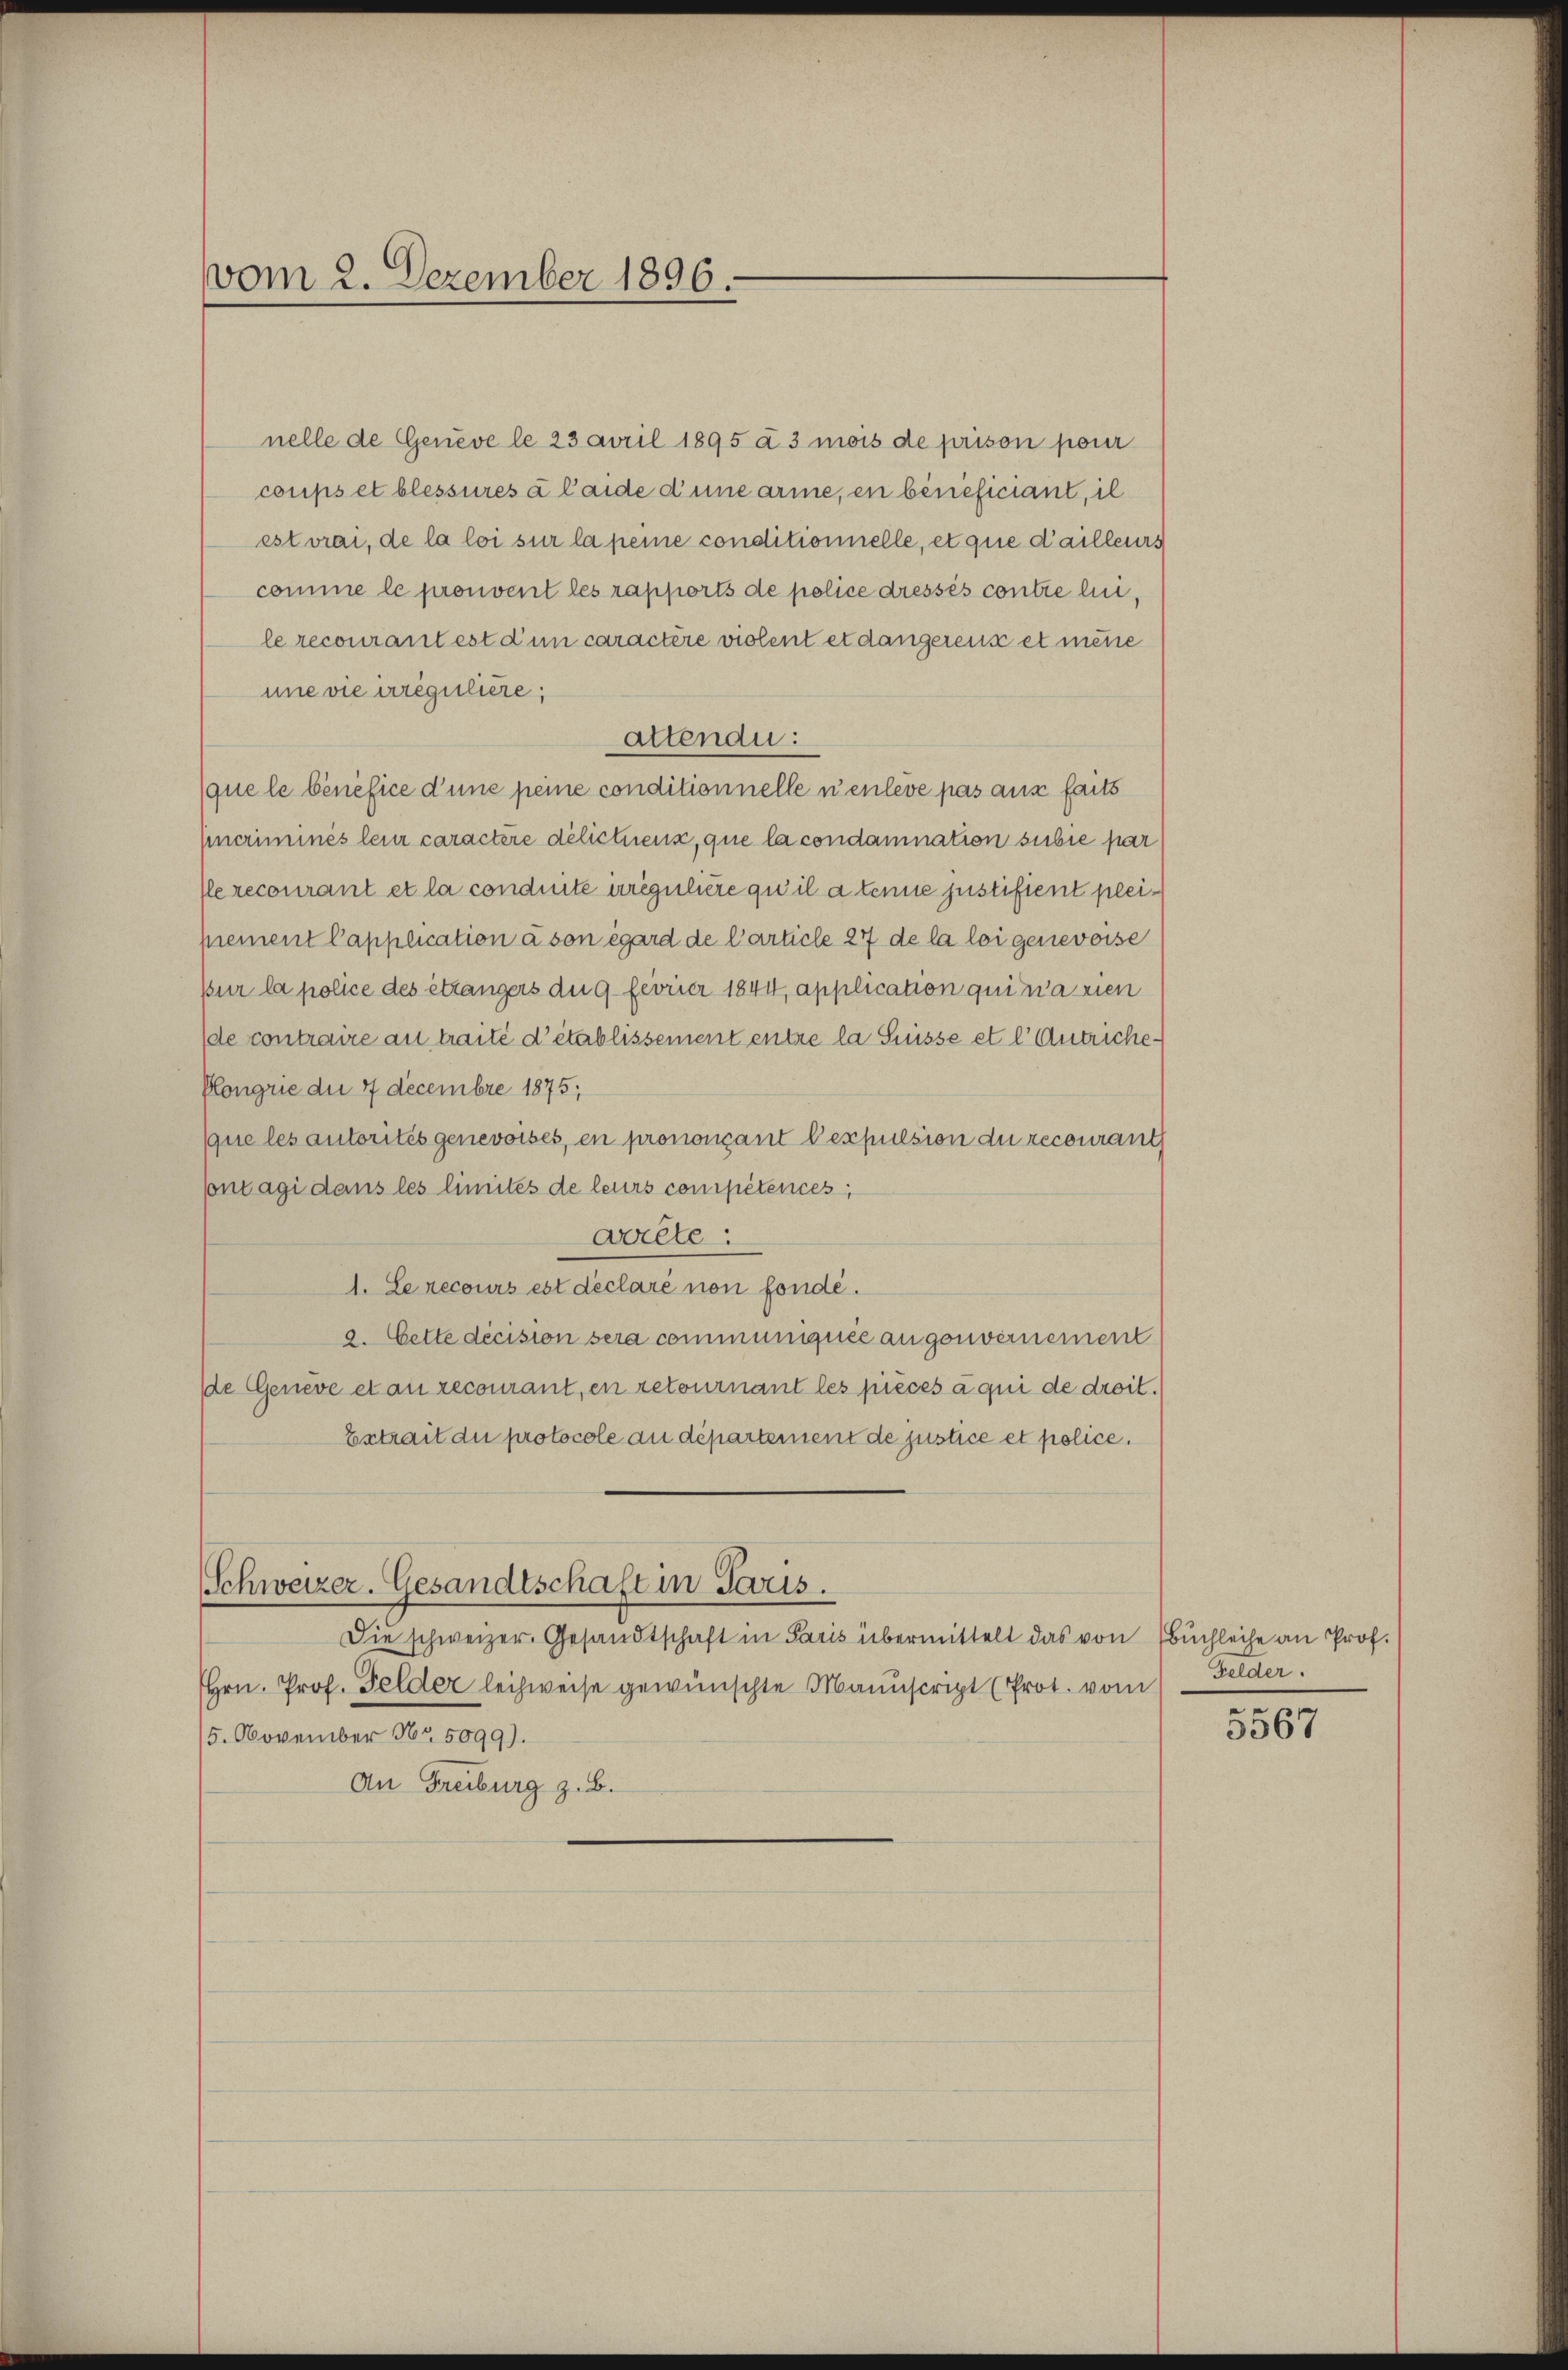
vom 2. Dezember 1896.

nelle de Geneve le 23 April 1895 à 3 mois de prison pour
coups et blessures à laide d’une arme, en beneficiant, il
estvrai, de la loi sur la peine conditionnelle, et que d’ailleurs
comme le pronvent les rapports de police dressés contre lui,
le recourant est d’un caractère violent et dangereise et meine
une vie irrégulière,
attendu:
(que le bénéfice d’une peine conditionnelle nenleve pas aus faits
Encriminés leur caractere délictiens, que la condamnation subie par
Perecourant et la condirte uréguliere qu’il a tenne justifient pleiprement Capplication à son égard de Carticle 27 de la loi genevoise
sur la police des étrangers du 9 fevrier 1844, application qui n’a rien
de contraire au traité d’établissement entre la Suisse et l Antriche¬
Plongrie die 4 Decembre 1875;
Que les autorités genevoises, en prononçant l’expulsion du recourant
Contagi dans les limités de leurs compétences,
warlte:
1. Le recours est déclaré non fonde.
2. Cette décision sera communiquée augenvernement
de Geneve et au recourant, en retournant les pièces à qui de droit.
Extrait die protocole au département de justice et police.

Schweizer. Gesandtschaft in Paris.
Die schweizer. Gesandtschaft in Paris übermittelt das von Buchleihe an Prof.

Hrn. Prof. Felder leihweise gewünschte Manuscript (Prot. vom
15. November Nr. 5099).
An Freiburg z. B.

Felder.
.

3567